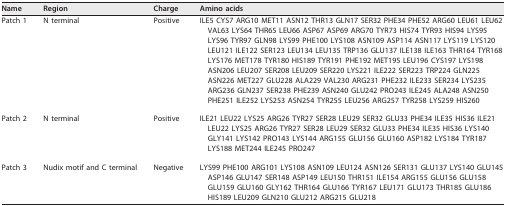
| Name | Region | Charge | Amino acids |
 | --- | --- | --- | --- |
 | Patch 1 | N terminal | Positive | ILE5 CYS7 ARG10 MET11 ASN12 THR13 GLN17 SER32 PHE34 PHE52 ARG60 LEU61 LEU62 VAL63 LYS64 THR65 LEU66 ASP67 ASP69 ARG70 TYR73 HIS74 TYR93 HIS94 LYS95 LYS96 TYR97 GLN98 LYS99 PHE100 LYS108 ASN109 ASP114 ASN117 LYS119 LYS120 LEU121 ILE122 SER123 LEU134 LEU135 TRP136 GLU137 ILE138 ILE163 THR164 TYR168 LYS176 MET178 TYR180 HIS189 TYR191 PHE192 MET195 LEU196 CYS197 LYS198 ASN206 LEU207 SER208 LEU209 SER220 LYS221 ILE222 SER223 TRP224 GLN225 ASN226 MET227 GLU228 ALA229 VAL230 ARG231 PHE232 ILE233 SER234 LYS235 ARG236 GLN237 SER238 PHE239 ASN240 GLU242 PRO243 ILE245 ALA248 ASN250 PHE251 ILE252 LYS253 ASN254 TYR255 LEU256 ARG257 TYR258 LYS259 HIS260 |
 | Patch 2 | N terminal | Positive | ILE21 LEU22 LYS25 ARG26 TYR27 SER28 LEU29 SER32 GLU33 PHE34 ILE35 HIS36 ILE21 LEU22 LYS25 ARG26 TYR27 SER28 LEU29 SER32 GLU33 PHE34 ILE35 HIS36 LYS140 GLY141 LYS142 PRO143 LYS144 ARG155 GLU156 GLU160 ASP182 LYS184 TYR187 LYS188 MET244 ILE245 PRO247 |
 | Patch 3 | Nudix motif and C terminal | Negative | LYS99 PHE100 ARG101 LYS108 ASN109 LEU124 ASN126 SER131 GLU137 LYS140 GLU145 ASP146 GLU147 SER148 ASP149 LEU150 THR151 ILE154 ARG155 GLU156 GLU158 GLU159 GLU160 GLY162 THR164 GLU166 TYR167 LEU171 GLU173 THR185 GLU186 HIS189 LEU209 GLN210 GLU212 ARG215 GLU218 |